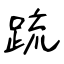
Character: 䟽